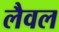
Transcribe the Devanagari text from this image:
लैवल